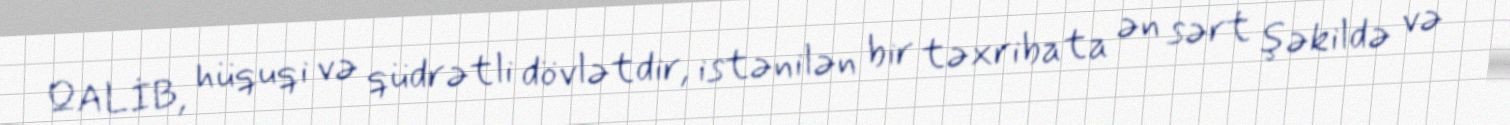
QALİB, hüquqi və qüdrətli dövlətdir, istənilən bir təxribata ən sərt şəkildə və